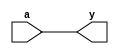
module m14k_clock_buf(
	y,
	a);


output y;
input a;

// BEGIN Wire declarations made by MVP
wire y;
// END Wire declarations made by MVP


	assign y = a;
endmodule